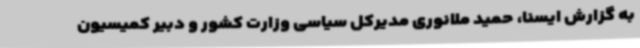
به گزارش ایسنا، حمید ملانوری مدیرکل سیاسی وزارت کشور و دبیر کمیسیون